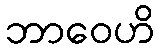
ဘာဝေဟိ